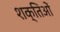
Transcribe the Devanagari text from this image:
शक्तिओं